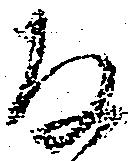
存